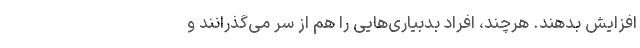
افزایش بدهند. هرچند، افراد بدبیاری‌هایی را هم از سر می‌گذرانند و